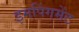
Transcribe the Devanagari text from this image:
इमपिंगमेंट